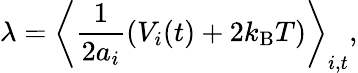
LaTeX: \lambda=\left\langle\frac{1}{2a_{i}}(V_{i}(t)+2k_{\mathrm{B}}T)\right\rangle_{i,t},